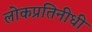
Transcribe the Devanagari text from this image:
लोकप्रतिनीधी